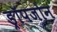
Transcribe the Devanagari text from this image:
ड्रॉपजोन